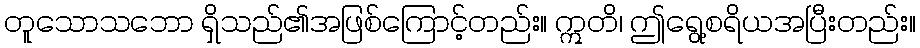
တူသောသဘော ရှိသည်၏အဖြစ်ကြောင့်တည်း။ ဣတိ၊ ဤရွေ့စရိယအပြီးတည်း။